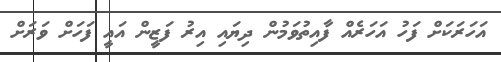
އަހަރަކަށް ފަހު އަހަރެއް ފާއިތުވަމުން ދިޔައި އިރު ފަޒީން އައީ ފަހަށް ވަރަށް